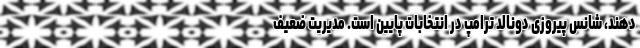
دهند، شانس پیروزی دونالد ترامپ در انتخابات پایین است. مدیریت ضعیف